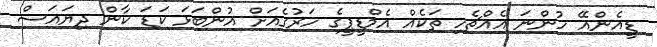
ޑީއެންއޭ ހުންނަ އެއްޗެހި ތަކެއް އެމްޑީޕީގެ ހަރުގެއަށް އުންބަޅަ ކަޑަ ކާން ދިޔައަސް